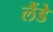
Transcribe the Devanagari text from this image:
लैंडे